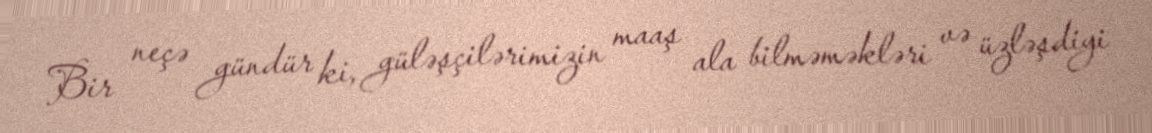
Bir neçə gündür ki, güləşçilərimizin maaş ala bilməməkləri və üzləşdiyi